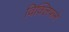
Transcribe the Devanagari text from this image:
विक्लिफने